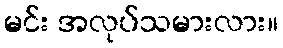
မင်း အလုပ်သမားလား။